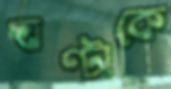
ঘণ্টাকে